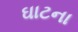
ઘાટના